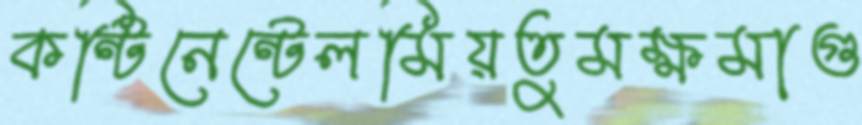
কন্টিনেন্টেলমিয়তুমক্ষমাগু